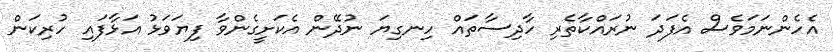
އެހެންނަމަވެސް އެފަދަ ނުރައްކާތެރި ހާދިސާތައް ހިނގިޔަ ނުދޭން އެކަށީގެންވާ ފިޔަވަޅު އަޅާފައި ހުރިކަން